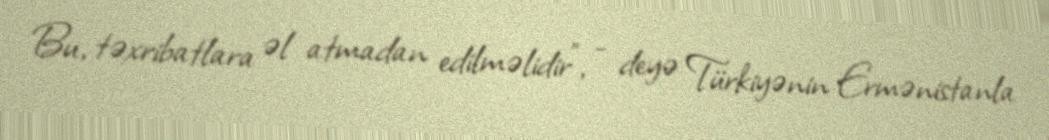
Bu, təxribatlara əl atmadan edilməlidir”, - deyə Türkiyənin Ermənistanla